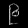
Digit: ၉